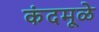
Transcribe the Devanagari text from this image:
कंदमूळे